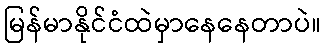
မြန်မာနိုင်ငံထဲမှာနေနေတာပဲ။